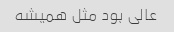
عالی بود مثل همیشه